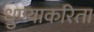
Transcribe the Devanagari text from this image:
धुण्याकरिता